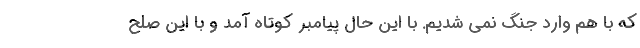
که با هم وارد جنگ نمی شدیم. با این حال پیامبر کوتاه آمد و با این صلح